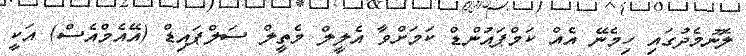
ލޮނުމެދުގައި ހިމެނޭ އެއް ކަމްޕައުންޑް ކަމަށްވާ އެލީލް މެތީލް ސަލްޕައިޑް (އޭއެމްއެސް) އަކީ